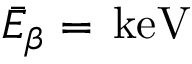
\bar { E } _ { \beta } = \, \mathrm { k e V }